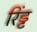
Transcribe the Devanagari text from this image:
रिंड्ट